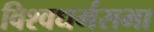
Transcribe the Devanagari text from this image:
विश्वधर्मसभा